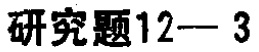
研究题12— 3